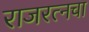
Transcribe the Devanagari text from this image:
राजरत्‍नचा